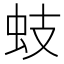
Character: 蚑